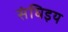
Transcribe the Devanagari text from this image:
संघिइय